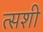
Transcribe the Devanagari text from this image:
त्सशी